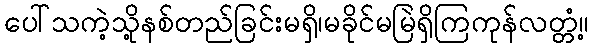
ပေါ်သကဲ့သို့နစ်တည်ခြင်းမရှိ၊မခိုင်မမြဲရှိကြကုန်လတ္တံ့။